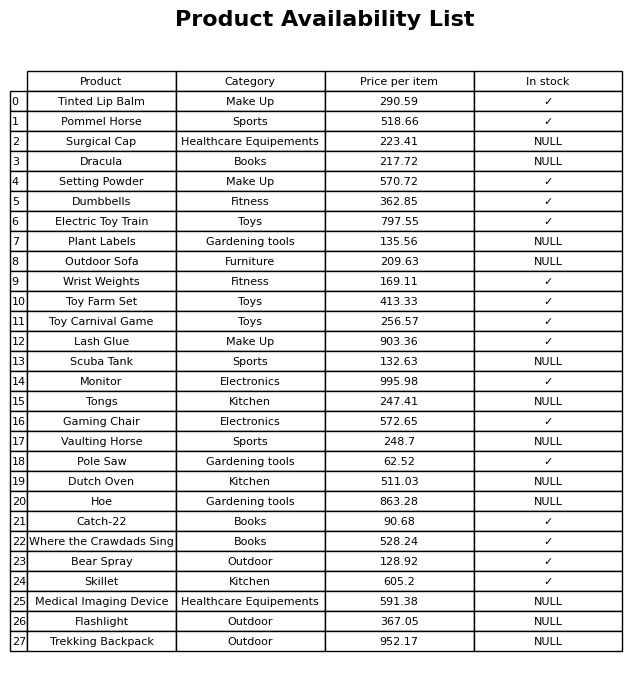
question: What is the price of the Gaming Chair?
answer: The price of Gaming Chair is 572.65.